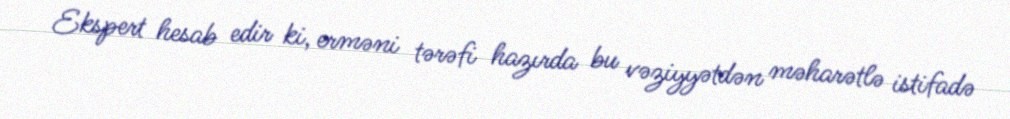
Ekspert hesab edir ki, erməni tərəfi hazırda bu vəziyyətdən məharətlə istifadə